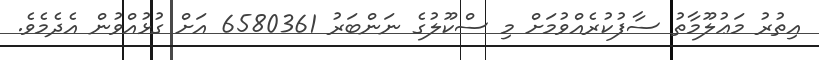
އިތުރު މަޢުލޫމާތު ސާފުކުރެއްވުމަށް މި ސްކޫލުގެ ނަންބަރު 6580361 އަށް ގުޅުއްވުން އެދެމެވެ.